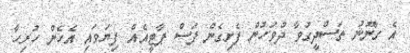
އެ ގާނޫނު ތަސްދީގުވާ ދުވަހުން ފެށިގެން ފަސް ޕާޓީއެއް ފިޔަވައި އެހެން ހުރިހާ